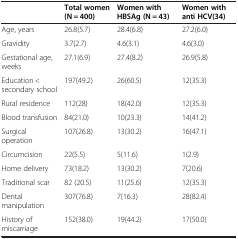
|  | Total women (N = 400) | Women with HBSAg (N = 43) | Women with anti HCV(34) |
 | --- | --- | --- | --- |
 | Age, years | 26.8(5.7) | 28.4(6.8) | 27.2(6.0) |
 | Gravidity | 3.7(2.7) | 4.6(3.1) | 4.6(3.0) |
 | Gestational age, weeks | 27.1(6.9) | 27.4(8.2) | 26.9(5.8) |
 | Education < secondary school | 197(49.2) | 26(60.5) | 12(35.3) |
 | Rural residence | 112(28) | 18(42.0) | 12(35.3) |
 | Blood transfusion | 84(21.0) | 10(23.3) | 14(41.2) |
 | Surgical operation | 107(26.8) | 13(30.2) | 16(47.1) |
 | Circumcision | 22(5.5) | 5(11.6) | 1(2.9) |
 | Home delivery | 73(18.2) | 13(30.2) | 7(20.6) |
 | Traditional scar | 82 (20.5) | 11(25.6) | 12(35.3) |
 | Dental manipulation | 307(76.8) | 7(16.3) | 28(82.4) |
 | History of miscarriage | 152(38.0) | 19(44.2) | 17(50.0) |